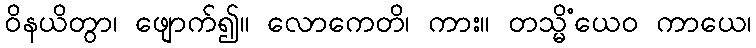
ဝိနယိတွာ၊ ဖျောက်၍။ လောကေတိ၊ ကား။ တသ္မိံယေဝ ကာယေ၊